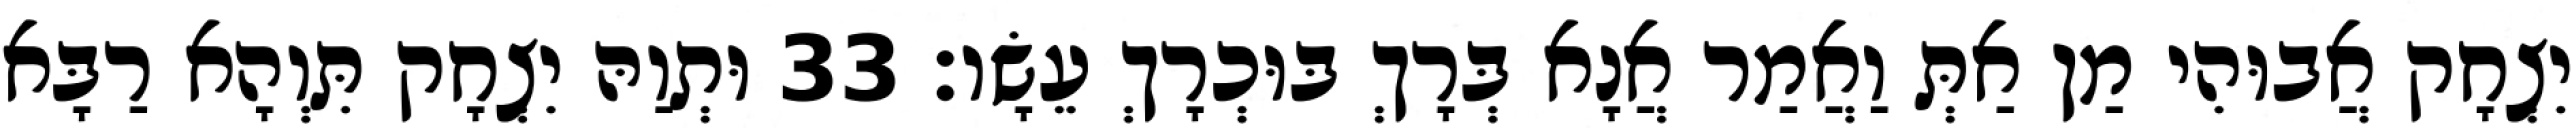
יִצְחָק אֲבוּהִי מַן אַתְּ וַאֲמַר אֲנָא בְּרָךְ בּוּכְרָךְ עֵשָׂו׃ 33 וּתְוַהּ יִצְחָק תִּוְהָא רַבָּא